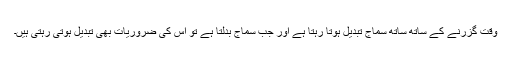
وقت گزرنے کے ساتھ ساتھ سماج تبدیل ہوتا رہتا ہے اور جب سماج بدلتا ہے تو اس کی ضروریات بھی تبدیل ہوتی رہتی ہیں۔